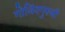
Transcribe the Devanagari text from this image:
गोविंदगुरुजी